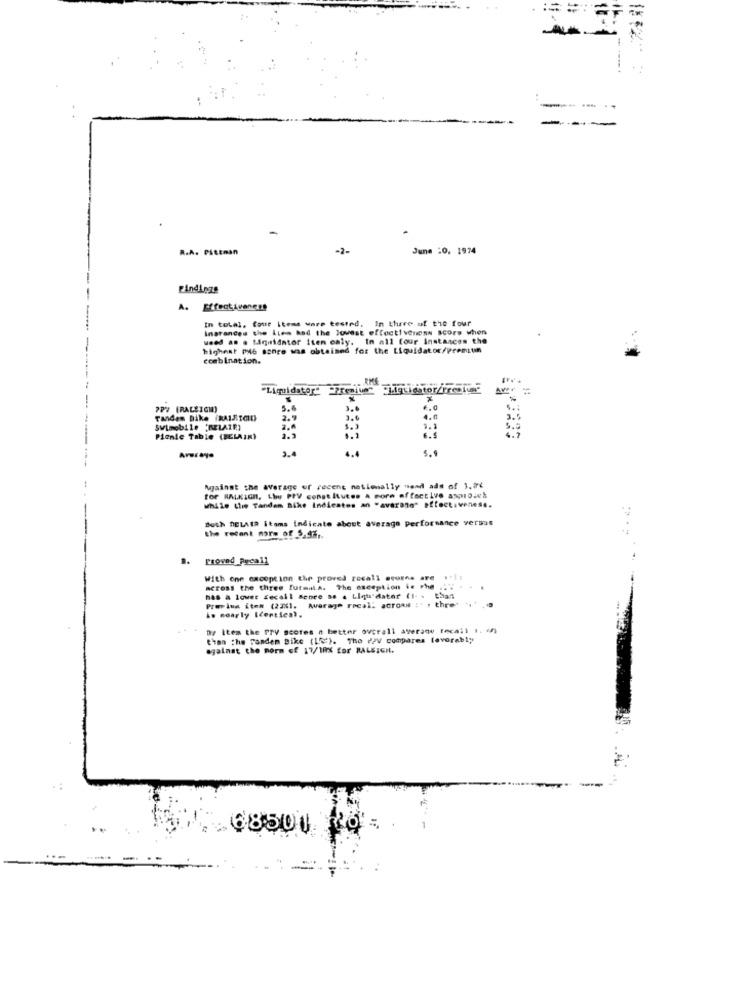
R.A. PAttman
-2-
June :0, 1974
Findings
In total, four Items were tested. In there of the four
inarances the Lies and the lowest effectiveness score when
weed as . Liquidator iten caly. In all four Instances the
highest PM6 sonre was obtained for the Liquidator/premtuin
combination.
. RME
"Liquidator" Premium" liquidator/premium-
--
PPV (RALEIGH)
Tanden hike (RAIRIGID
2.9
Swimobile "BELAIR)
1.1
Picnic Table (BELAIR)
2.3
6.5
2,4
1.4
5.9
Areraye
Mainst the average of recent nationally thead ads of 3,01
for RALKIGn. Lhy PPV constitutes A more of fective approuvh
while (lie Tandem Bike Indicates an "avarano" effectiveness.
Both DELAIR itoms Indicate about average performance versus
the recent norm of 5.4%,
Proved Peca11
With one encoption the proved recall scores are
Access the three furmila. The exception be the.
has a lower recall sence as a Liquidator (1- - that
Previua item (2201. wwwarage real: acroww : . , thre"
is nearly Icerties).
Dy Item the PPV scores # better overall average tocall I. (h)
then the Fanden Bike (LE). The PPV compares favorably
against the norm of 17/10% for RALSIGI.